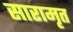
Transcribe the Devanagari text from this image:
सारामृत